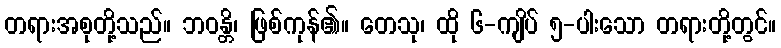
တရားအစုတို့သည်။ ဘဝန္တိ၊ ဖြစ်ကုန်၏။ တေသု၊ ထို ၆-ကျိပ် ၅-ပါးသော တရားတို့တွင်။